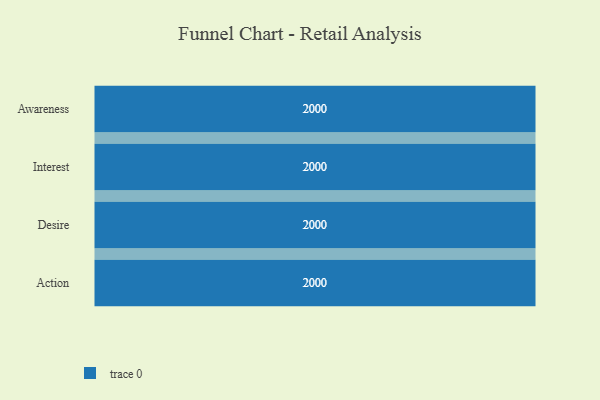
{"axis": {"x": "Stage", "y": "Value"}, "legend": [""], "data": [{"x": "Awareness", "y": 2000, "type": ""}, {"x": "Interest", "y": 2000, "type": ""}, {"x": "Desire", "y": 2000, "type": ""}, {"x": "Action", "y": 2000, "type": ""}]}